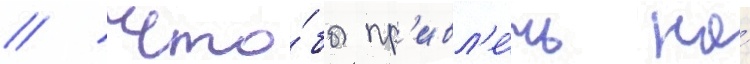
// Что́бы пр'ивл'е́чь на́